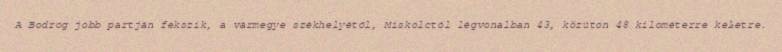
A Bodrog jobb partján fekszik, a vármegye székhelyétől, Miskolctól légvonalban 43, közúton 48 kilométerre keletre.